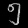
Digit: ၅